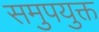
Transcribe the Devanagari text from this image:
समुपयुक्त